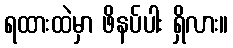
ရထားထဲမှာ ဖိနပ်ပါး ရှိလား။